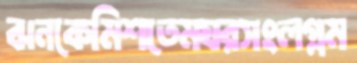
ঝনকেমিশতেমঘরসংলগ্নম